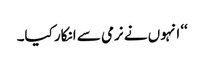
‘‘ انہوں نے نرمی سے انکار کیا۔